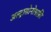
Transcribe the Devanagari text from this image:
अल्ट्रासोनोग्राफ़ी